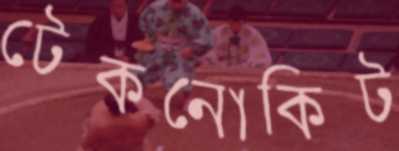
টেকনোকিট